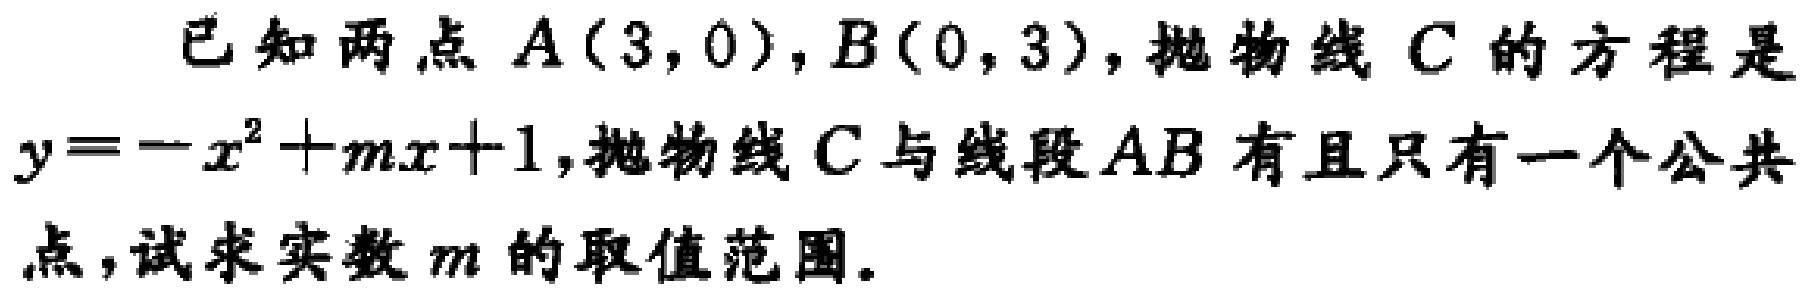
已知两点 \(A(3,0)\)，\(B(0,3)\)，抛物线 \(C\) 的方程是 \(y = -x^{2}+mx + 1\)，抛物线 \(C\) 与线段 \(AB\) 有且只有一个公共点，试求实数 \(m\) 的取值范围。